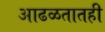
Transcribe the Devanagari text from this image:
आढळतातही